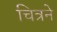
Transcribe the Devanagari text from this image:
चित्रने